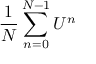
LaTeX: { \frac { 1 } { N } } \sum _ { n = 0 } ^ { N - 1 } U ^ { n }